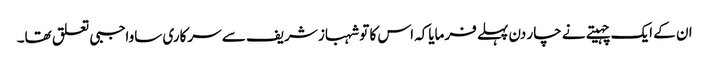
ان کے ایک چہیتے نے چار دن پہلے فرمایاکہ اس کا تو شہباز شریف سے سرکاری ساواجبی تعلق تھا۔